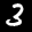
Label: 3